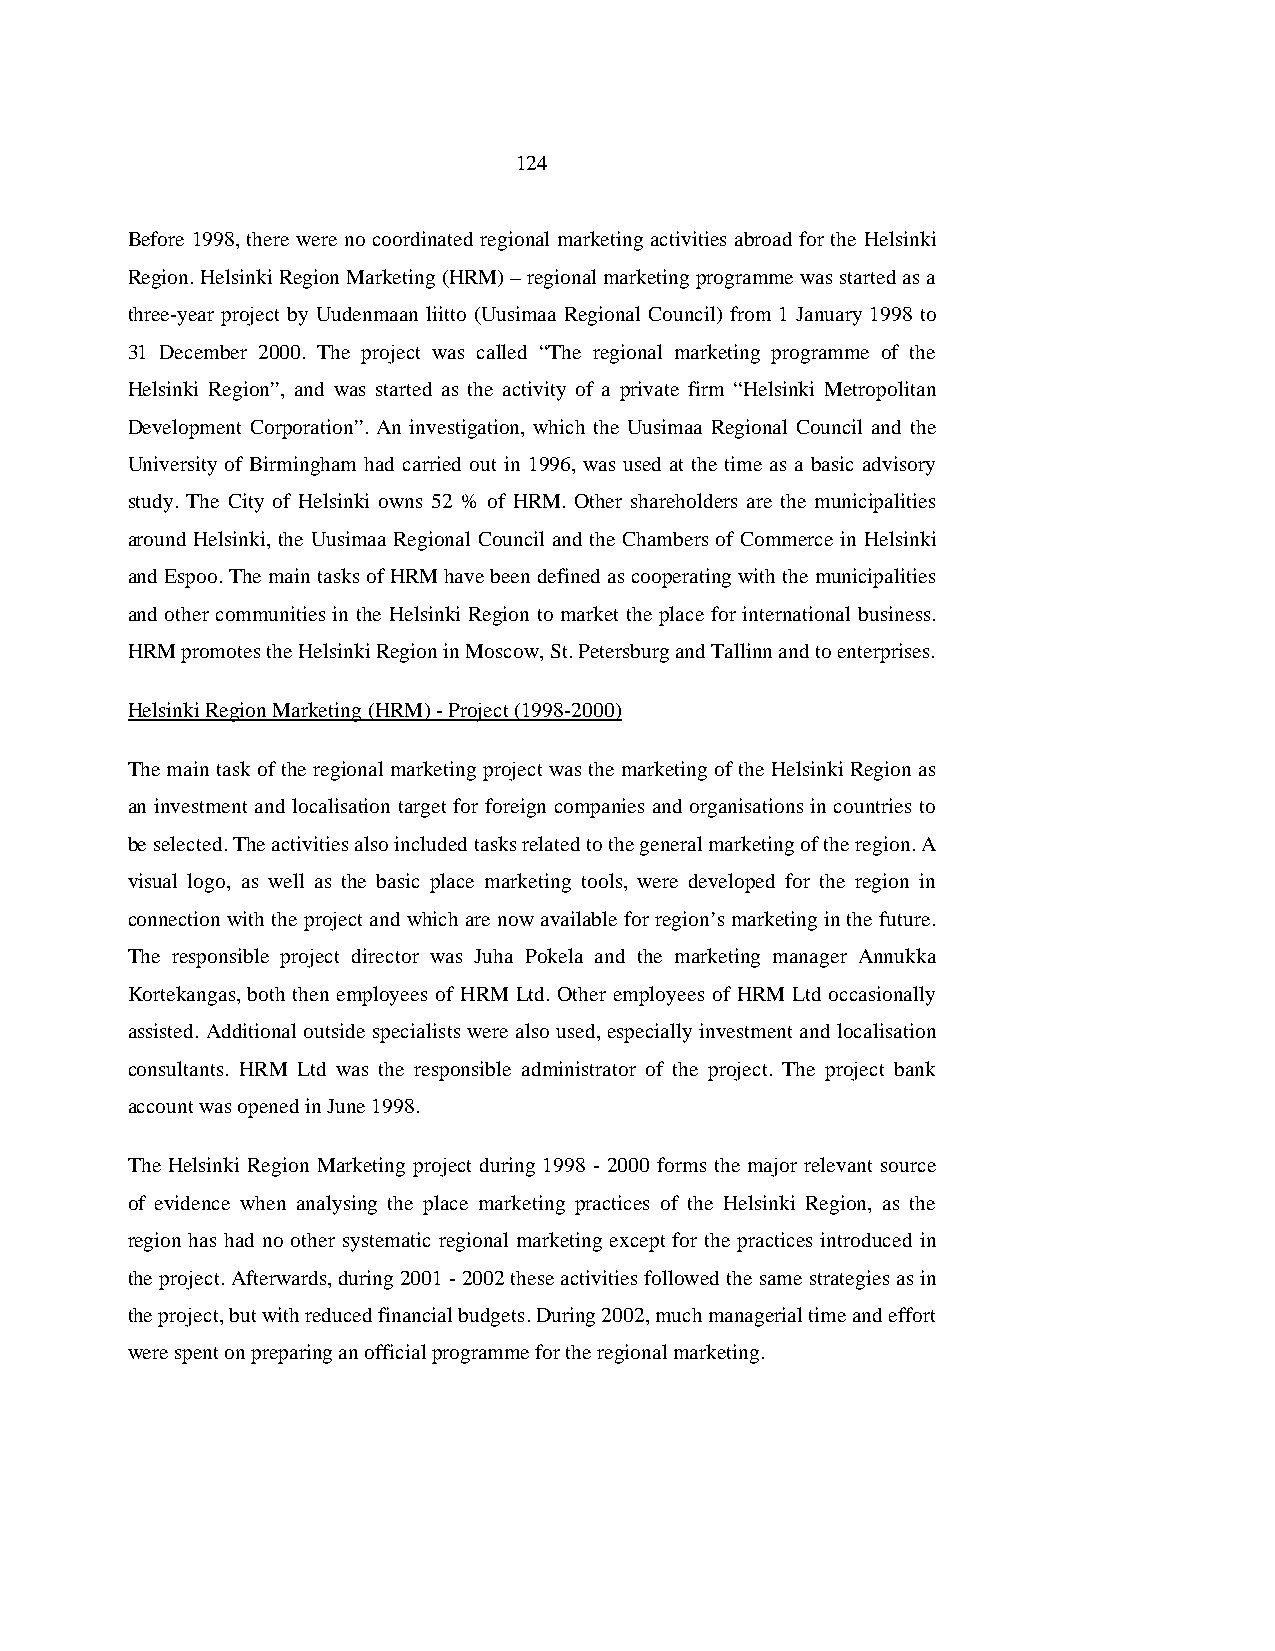
124
 Before 1998, there were no coordinated regional marketing activities abroad for the Helsinki
 Region. Helsinki Region Marketing (HRM) – regional marketing programme was started as a
 three-year project by Uudenmaan liitto (Uusimaa Regional Council) from 1 January 1998 to
 31 December 2000. The project was called “The regional marketing programme of the
 Helsinki Region”, and was started as the activity of a private firm “Helsinki Metropolitan
 Development Corporation”. An investigation, which the Uusimaa Regional Council and the
 University of Birmingham had carried out in 1996, was used at the time as a basic advisory
 study. The City of Helsinki owns 52 % of HRM. Other shareholders are the municipalities
 around Helsinki, the Uusimaa Regional Council and the Chambers of Commerce in Helsinki
 and Espoo. The main tasks of HRM have been defined as cooperating with the municipalities
 and other communities in the Helsinki Region to market the place for international business.
 HRM promotes the Helsinki Region in Moscow, St. Petersburg and Tallinn and to enterprises.
 Helsinki Region Marketing (HRM) - Project (1998-2000)
 The main task of the regional marketing project was the marketing of the Helsinki Region as
 an investment and localisation target for foreign companies and organisations in countries to
 be selected. The activities also included tasks related to the general marketing of the region. A
 visual logo, as well as the basic place marketing tools, were developed for the region in
 connection with the project and which are now available for region’s marketing in the future.
 The responsible project director was Juha Pokela and the marketing manager Annukka
 Kortekangas, both then employees of HRM Ltd. Other employees of HRM Ltd occasionally
 assisted. Additional outside specialists were also used, especially investment and localisation
 consultants. HRM Ltd was the responsible administrator of the project. The project bank
 account was opened in June 1998.
 The Helsinki Region Marketing project during 1998 - 2000 forms the major relevant source
 of evidence when analysing the place marketing practices of the Helsinki Region, as the
 region has had no other systematic regional marketing except for the practices introduced in
 the project. Afterwards, during 2001 - 2002 these activities followed the same strategies as in
 the project, but with reduced financial budgets. During 2002, much managerial time and effort
 were spent on preparing an official programme for the regional marketing.